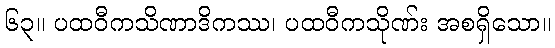
၆၃။ ပထဝီကသိဏာဒိကဿ၊ ပထဝီကသိုဏ်း အစရှိသော။